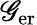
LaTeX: \mathscr{G}_{\mathrm{er}}